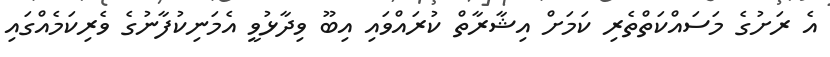
އެ ރަށުގެ މަސައްކަތްތެރި ކަމަށް އިޝާރާތް ކުރައްވައި އިބޫ ވިދާޅުވީ އެމަނިކުފާނުގެ ވެރިކަމެއްގައި